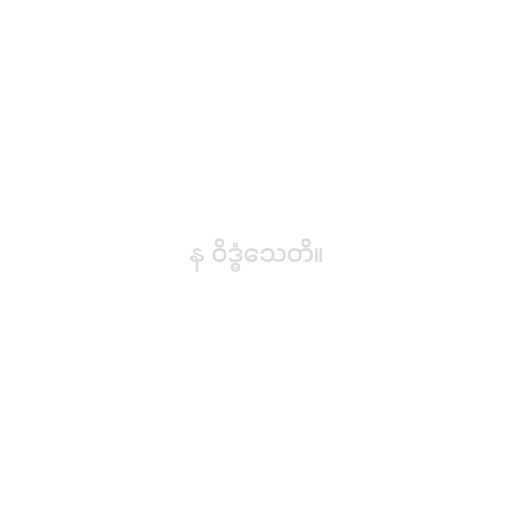
န ဝိဒ္ဓံသေတိ။